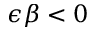
\epsilon \beta < 0